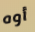
أوه